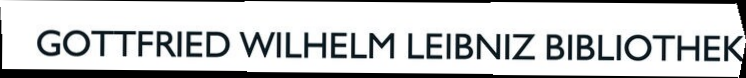
GOTTFRIED WILHELM LEIBNIZ BIBLIOTHEK